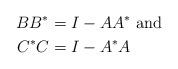
LaTeX: \begin{align*}B B^* &= I - A A^* \mbox{ and }\\C^* C &= I - A^* A\end{align*}